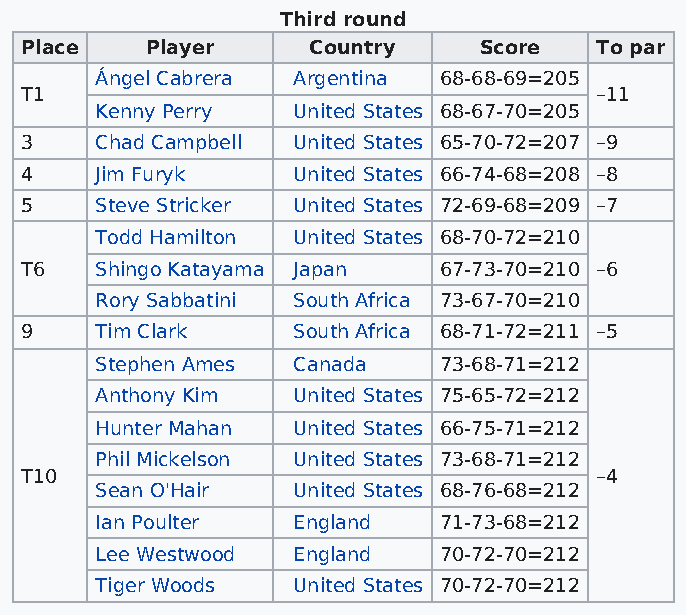
Third round
 Place    Player    Country     Score  To par
 Ángel Cabrera Argentina 68-68-69=205
 T1                                    –11
 Kenny Perry  United States 68-67-70=205
 3    Chad Campbell United States 65-70-72=207 –9
 4    Jim Furyk    United States 66-74-68=208 –8
 5    Steve Stricker United States 72-69-68=209 –7
 Todd Hamilton United States 68-70-72=210
 T6   Shingo Katayama Japan  67-73-70=210 –6
 Rory Sabbatini South Africa 73-67-70=210
 9    Tim Clark    South Africa 68-71-72=211 –5
 Stephen Ames Canada    73-68-71=212
 Anthony Kim  United States 75-65-72=212
 Hunter Mahan United States 66-75-71=212
 Phil Mickelson United States 73-68-71=212
 T10                                   –4
 Sean O'Hair  United States 68-76-68=212
 Ian Poulter  England   71-73-68=212
 Lee Westwood England   70-72-70=212
 Tiger Woods  United States 70-72-70=212